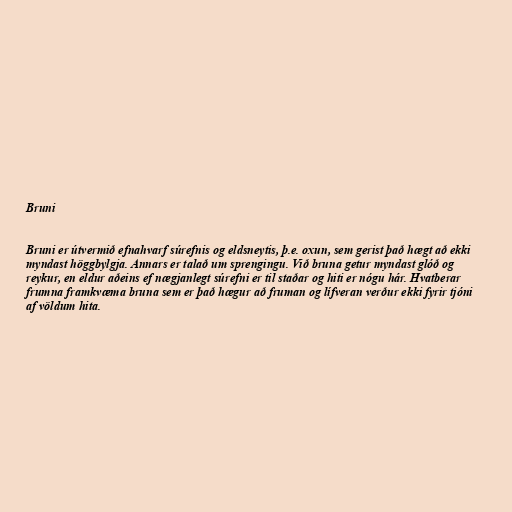
Bruni

Bruni er útvermið efnahvarf súrefnis og eldsneytis, þ.e. oxun, sem gerist það hægt að ekki
myndast höggbylgja. Annars er talað um sprengingu. Við bruna getur myndast glóð og
reykur, en eldur aðeins ef nægjanlegt súrefni er til staðar og hiti er nógu hár. Hvatberar
frumna framkvæma bruna sem er það hægur að fruman og lífveran verður ekki fyrir tjóni
af völdum hita.